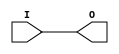
// This program was cloned from: https://github.com/Xilinx/XilinxUnisimLibrary
// License: Apache License 2.0

///////////////////////////////////////////////////////////////////////////////
//    Copyright (c) 1995/2004 Xilinx, Inc.
// 
//    Licensed under the Apache License, Version 2.0 (the "License");
//    you may not use this file except in compliance with the License.
//    You may obtain a copy of the License at
// 
//        http://www.apache.org/licenses/LICENSE-2.0
// 
//    Unless required by applicable law or agreed to in writing, software
//    distributed under the License is distributed on an "AS IS" BASIS,
//    WITHOUT WARRANTIES OR CONDITIONS OF ANY KIND, either express or implied.
//    See the License for the specific language governing permissions and
//    limitations under the License.
///////////////////////////////////////////////////////////////////////////////
//   ____  ____
//  /   /\/   /
// /___/  \  /    Vendor : Xilinx
// \   \   \/     Version : 10.1
//  \   \         Description : Xilinx Functional Simulation Library Component
//  /   /                  Input Buffer
// /___/   /\     Filename : IBUF.v
// \   \  /  \    Timestamp : Thu Mar 25 16:42:23 PST 2004
//  \___\/\___\
//
// Revision:
//    03/23/04 - Initial version.
//    05/23/07 - Changed timescale to 1 ps / 1 ps.
//    07/16/08 - Added IBUF_LOW_PWR attribute.
//    04/22/09 - CR 519127 - Changed IBUF_LOW_PWR default to TRUE.
//    12/13/11 - Added `celldefine and `endcelldefine (CR 524859).
//    10/22/14 - Added #1 to $finish (CR 808642).
// End Revision

`timescale  1 ps / 1 ps


`celldefine

module IBUF (O, I);

    parameter CAPACITANCE = "DONT_CARE";
    parameter IBUF_DELAY_VALUE = "0";
    parameter IBUF_LOW_PWR = "TRUE";
    parameter IFD_DELAY_VALUE = "AUTO";
    parameter IOSTANDARD = "DEFAULT";

`ifdef XIL_TIMING

    parameter LOC = " UNPLACED";

`endif

    
    output O;
    input  I;

    buf B1 (O, I);
    
    
    initial begin
	
        case (CAPACITANCE)

            "LOW", "NORMAL", "DONT_CARE" : ;
            default : begin
                          $display("Attribute Syntax Error : The attribute CAPACITANCE on IBUF instance %m is set to %s.  Legal values for this attribute are DONT_CARE, LOW or NORMAL.", CAPACITANCE);
                          #1 $finish;
                      end

        endcase


	case (IBUF_DELAY_VALUE)

            "0", "1", "2", "3", "4", "5", "6", "7", "8", "9", "10", "11", "12", "13", "14", "15", "16" : ;
            default : begin
                          $display("Attribute Syntax Error : The attribute IBUF_DELAY_VALUE on IBUF instance %m is set to %s.  Legal values for this attribute are 0, 1, 2, ... or 16.", IBUF_DELAY_VALUE);
                          #1 $finish;
                      end

        endcase

        case (IBUF_LOW_PWR)

            "FALSE", "TRUE" : ;
            default : begin
                          $display("Attribute Syntax Error : The attribute IBUF_LOW_PWR on IBUF instance %m is set to %s.  Legal values for this attribute are TRUE or FALSE.", IBUF_LOW_PWR);
                          #1 $finish;
                      end

        endcase


	case (IFD_DELAY_VALUE)

            "AUTO", "0", "1", "2", "3", "4", "5", "6", "7", "8" : ;
            default : begin
                          $display("Attribute Syntax Error : The attribute IFD_DELAY_VALUE on IBUF instance %m is set to %s.  Legal values for this attribute are AUTO, 0, 1, 2, ... or 8.", IFD_DELAY_VALUE);
                          #1 $finish;
                      end

	endcase
	
    end


`ifdef XIL_TIMING
    
    specify
        (I => O) = (0:0:0, 0:0:0);
        specparam PATHPULSE$ = 0;
    endspecify
    
`endif

    
endmodule

`endcelldefine